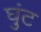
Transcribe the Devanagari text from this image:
घुंट